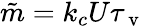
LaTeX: \tilde{m}=k_{c}U\tau_{\mathrm{~v~}}